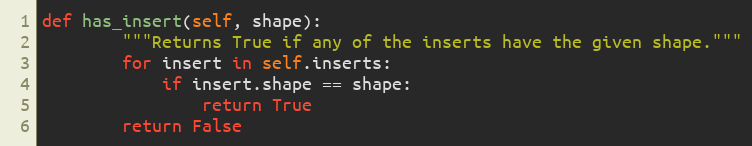
Language: Python
def has_insert(self, shape):
        """Returns True if any of the inserts have the given shape."""
        for insert in self.inserts:
            if insert.shape == shape:
                return True
        return False